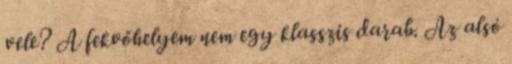
vele? A fekvőhelyem nem egy klasszis darab. Az alsó